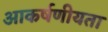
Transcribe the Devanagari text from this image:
आकर्षणीयता